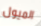
الميول